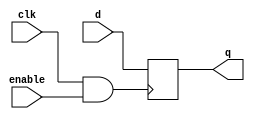
module ex16(output wire q , 
	    input wire enable, 
	    input wire clk, 
	    input wire d);
   reg 		       qr;   
   wire 	       gatedclk;
   assign gatedclk = clk & enable;
   always @(posedge gatedclk)
     qr <= d;
   assign q = qr;
endmodule